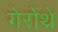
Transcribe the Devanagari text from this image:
गेरोंथ्रे